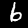
Label: 6